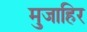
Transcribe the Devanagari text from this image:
मुजाहिर